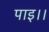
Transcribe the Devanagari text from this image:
पाइ।।